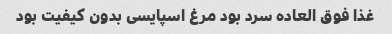
غذا فوق العاده سرد بود مرغ اسپایسی بدون کیفیت بود